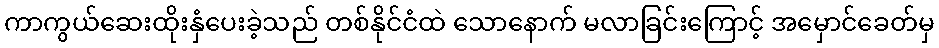
ကာကွယ်ဆေးထိုးနှံပေးခဲ့သည် တစ်နိုင်ငံထဲ သောနောက် မလာခြင်းကြောင့် အမှောင်ခေတ်မှ